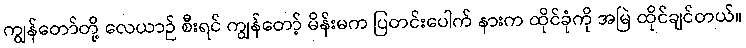
ကျွန်တော်တို့ လေယာဉ် စီးရင် ကျွန်တော့် မိန်းမက ပြတင်းပေါက် နားက ထိုင်ခုံကို အမြဲ ထိုင်ချင်တယ်။